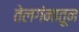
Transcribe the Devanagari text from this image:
तेलगंनातून